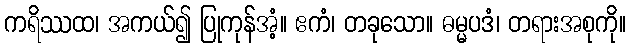
ကရိဿထ၊ အကယ်၍ ပြုကုန်အံ့။ ဧကံ၊ တခုသော။ ဓမ္မပဒံ၊ တရားအစုကို။